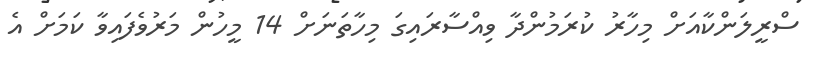
ސްރީލަންކާއަށް މިހާރު ކުރަމުންދާ ވިއްސާރައިގަ މިހާތަނަށް 14 މީހުން މަރުވެފައިވާ ކަމަށް އެ